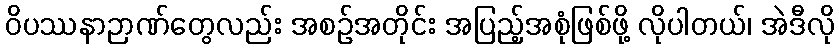
ဝိပဿနာဉာဏ်တွေလည်း အစဉ်အတိုင်း အပြည့်အစုံဖြစ်ဖို့ လိုပါတယ်၊ အဲဒီလို